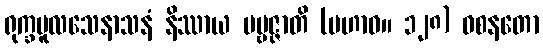
ရုက္ခမူလသေနာသနံ နိဿာယ ပဗ္ဗဇ္ဇာတိ (မဟာဝ။ ၁၂၈) ဝစနတော